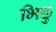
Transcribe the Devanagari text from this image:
भिछु